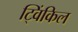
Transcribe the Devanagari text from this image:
ट्विंकिल